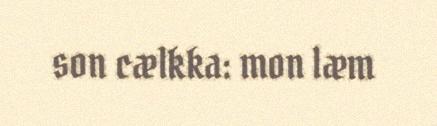
son cælkka: mon læm